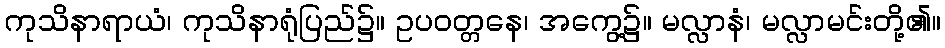
ကုသိနာရာယံ၊ ကုသိနာရုံပြည်၌။ ဥပဝတ္တနေ၊ အကွေ့၌။ မလ္လာနံ၊ မလ္လာမင်းတို့၏။